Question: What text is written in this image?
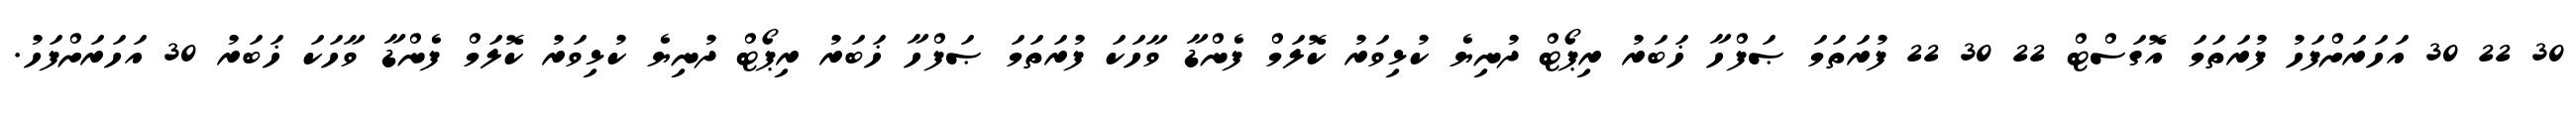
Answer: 30 22 30 އަހަރަށްފަހު ފުރަތަމަ އޮގަސްޓް 22 30 22 ފުރަތަމަ ޞަފްހާ ޚަބަރު ރިޕޯޓް ދުނިޔެ ކުޅިވަރު ކޮލަމް ފެންޑާ ވާހަކަ ފުރަތަމަ ޞަފްހާ ޚަބަރު ރިޕޯޓް ދުނިޔެ ކުޅިވަރު ކޮލަމް ފެންޑާ ވާހަކަ ޚަބަރު 30 އަހަރަށްފަހު.